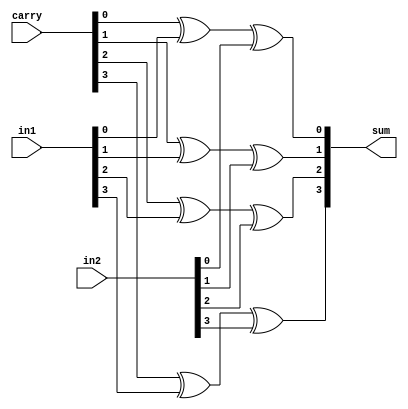
module Sum #(
    parameter bit_width = 4
) (
    input  [bit_width-1:0] in1,
    input  [bit_width-1:0] in2,
    input  [bit_width-1:0] carry,
    output [bit_width-1:0] sum
);

    genvar i;
    generate
        for (i = 0; i < bit_width; i = i + 1) begin : Gen_sum
            assign sum[i] = carry[i] ^ in1[i] ^ in2[i];
        end
    endgenerate
    
endmodule